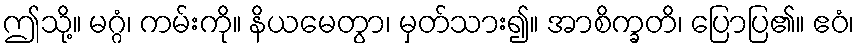
ဤသို့။ မဂ္ဂံ၊ ကမ်းကို။ နိယမေတွာ၊ မှတ်သား၍။ အာစိက္ခတိ၊ ပြောပြ၏။ ဧဝံ၊